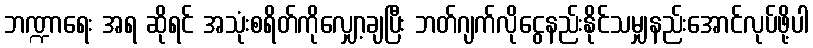
ဘဏ္ဍာရေး အရ ဆိုရင် အသုံးစရိတ်ကိုလျှော့ချပြီး ဘတ်ဂျက်လိုငွေနည်းနိုင်သမျှနည်းအောင်လုပ်ဖို့ပါ